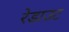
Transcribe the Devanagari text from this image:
रेडाउट